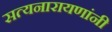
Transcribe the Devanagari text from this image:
सत्यनारायणांनी